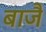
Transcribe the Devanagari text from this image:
बाजै